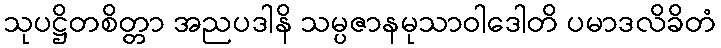
သုပဋ္ဌိတစိတ္တာ အညပဒါနိ သမ္ပဇာနမုသာဝါဒေါတိ ပမာဒလိခိတံ